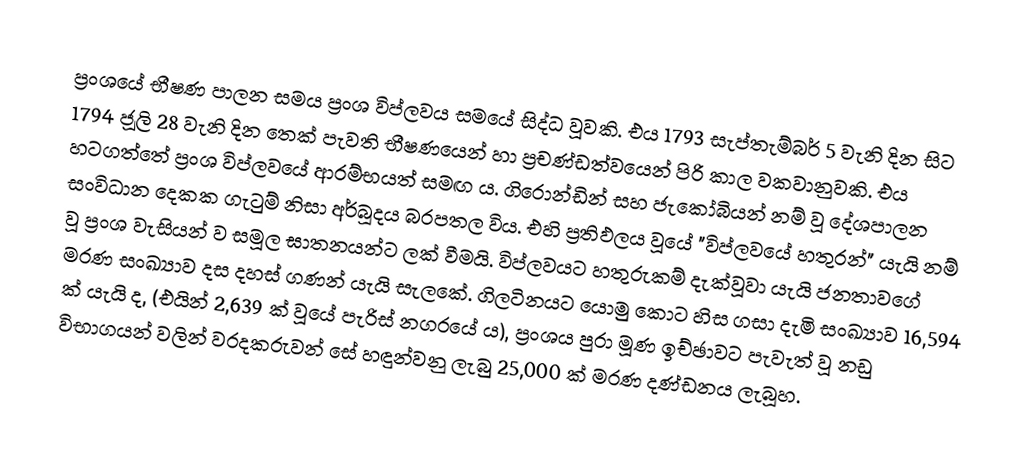
ප්‍රංශයේ භීෂණ පාලන සමය ප්‍රංශ විප්ලවය සමයේ සිද්ධ වූවකි. එය 1793 සැප්තැම්බර් 5 වැනි දින සිට 1794  ජූලි 28 වැනි දින තෙක් පැවති භීෂණයෙන් හා ප්‍රචණ්ඩත්වයෙන් පිරි කාල වකවානුවකි. එය හටගත්තේ ප්‍රංශ විප්ලවයේ ආරම්භයත් සමඟ ය. ගිරොන්ඩින් සහ ජැකෝබියන් නම් වූ දේශපාලන සංවිධාන දෙකක ගැටුම් නිසා අර්බූදය බරපතල විය. එහි ප්‍රතිඵලය වූයේ "විප්ලවයේ හතුරන්" යැයි නම් වූ ප්‍රංශ වැසියන් ව සමූල ඝාතනයන්ට ලක් වීමයි. විප්ලවයට හතුරුකම් දැක්වූවා යැයි ජනතාවගේ මරණ සංඛ්‍යාව දස දහස් ගණන් යැයි සැලකේ.  ගිලටිනයට යොමු කොට හිස ගසා දැමි සංඛ්‍යාව 16,594 ක් යැයි ද, (එයින් 2,639 ක් වූයේ පැරිස් නගරයේ ය), ප්‍රංශය පුරා මූණ ඉච්ඡාවට පැවැත් වූ නඩු විභාගයන් වලින් වරදකරුවන් සේ හඳුන්වනු ලැබු 25,000 ක් මරණ දණ්ඩනය ලැබූහ.